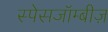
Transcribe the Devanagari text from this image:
स्पेसजॉम्बीज़